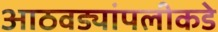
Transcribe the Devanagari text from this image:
आठवड्यांपलीकडे